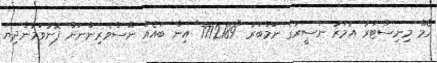
ހޯމް މިނިސްޓަރު އުމަރު ނަސީރުގެ ނަމްބަރު "7772189" އިން ބައެއް ނޫސްވެރިންނަށް ފޮނުވަމުންދިޔަ